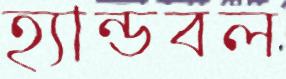
হ্যান্ডবল